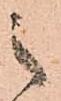
之